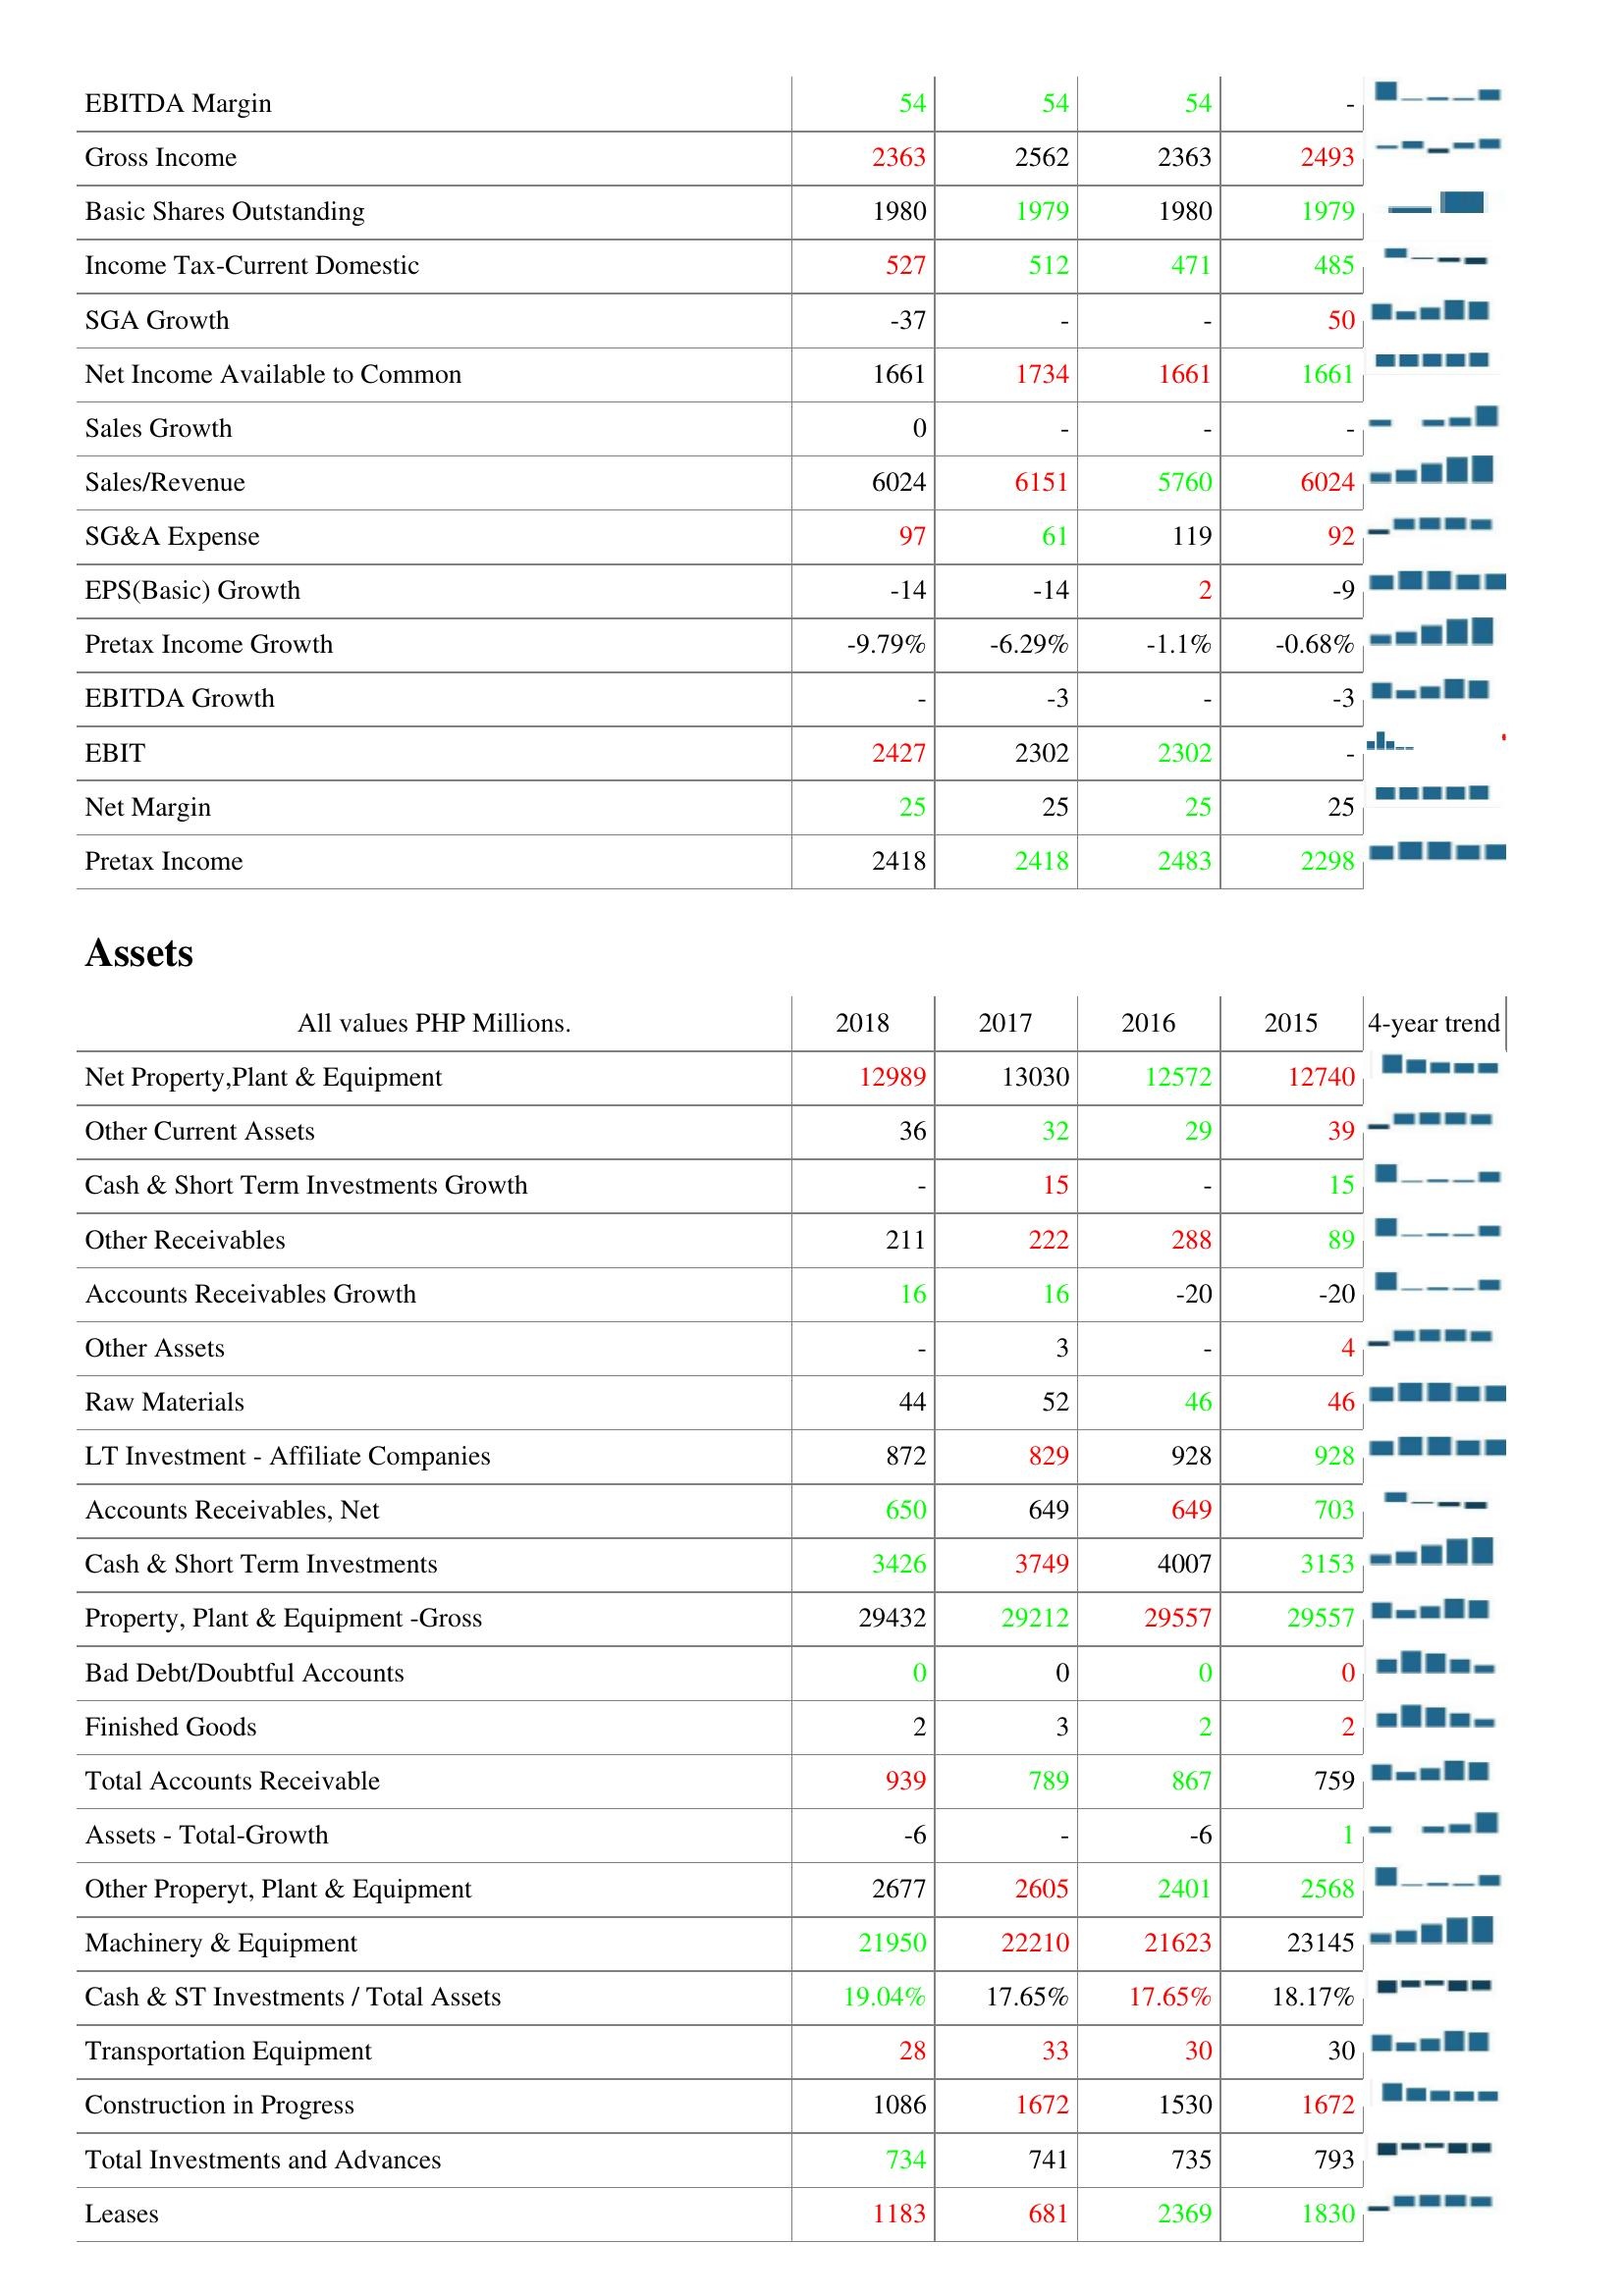
2018: : EBITDA Margin: 54
Gross Income: 2363
Basic Shares Outstanding: 1980
Income Tax-Current Domestic: 527
SGA Growth: -37
Net Income Available to Common: 1661
Sales Growth: 0
Sales/Revenue: 6024
SG&A Expense: 97
EPS(Basic) Growth: -14
Pretax Income Growth: -9.79%
EBITDA Growth: -
EBIT: 2427
Net Margin: 25
Pretax Income: 2418
Assets: Net Property,Plant & Equipment: 12989
Other Current Assets: 36
Cash & Short Term Investments Growth: -
Other Receivables: 211
Accounts Receivables Growth: 16
Other Assets: -
Raw Materials: 44
LT Investment - Affiliate Companies: 872
Accounts Receivables, Net: 650
Cash & Short Term Investments: 3426
Property, Plant & Equipment -Gross: 29432
Bad Debt/Doubtful Accounts: 0
Finished Goods: 2
Total Accounts Receivable: 939
Assets - Total-Growth: -6
Other Properyt, Plant & Equipment: 2677
Machinery & Equipment: 21950
Cash & ST Investments / Total Assets: 19.04%
Transportation Equipment: 28
Construction in Progress: 1086
Total Investments and Advances: 734
Leases: 1183
2017: : EBITDA Margin: 54
Gross Income: 2562
Basic Shares Outstanding: 1979
Income Tax-Current Domestic: 512
SGA Growth: -
Net Income Available to Common: 1734
Sales Growth: -
Sales/Revenue: 6151
SG&A Expense: 61
EPS(Basic) Growth: -14
Pretax Income Growth: -6.29%
EBITDA Growth: -3
EBIT: 2302
Net Margin: 25
Pretax Income: 2418
Assets: Net Property,Plant & Equipment: 13030
Other Current Assets: 32
Cash & Short Term Investments Growth: 15
Other Receivables: 222
Accounts Receivables Growth: 16
Other Assets: 3
Raw Materials: 52
LT Investment - Affiliate Companies: 829
Accounts Receivables, Net: 649
Cash & Short Term Investments: 3749
Property, Plant & Equipment -Gross: 29212
Bad Debt/Doubtful Accounts: 0
Finished Goods: 3
Total Accounts Receivable: 789
Assets - Total-Growth: -
Other Properyt, Plant & Equipment: 2605
Machinery & Equipment: 22210
Cash & ST Investments / Total Assets: 17.65%
Transportation Equipment: 33
Construction in Progress: 1672
Total Investments and Advances: 741
Leases: 681
2016: : EBITDA Margin: 54
Gross Income: 2363
Basic Shares Outstanding: 1980
Income Tax-Current Domestic: 471
SGA Growth: -
Net Income Available to Common: 1661
Sales Growth: -
Sales/Revenue: 5760
SG&A Expense: 119
EPS(Basic) Growth: 2
Pretax Income Growth: -1.1%
EBITDA Growth: -
EBIT: 2302
Net Margin: 25
Pretax Income: 2483
Assets: Net Property,Plant & Equipment: 12572
Other Current Assets: 29
Cash & Short Term Investments Growth: -
Other Receivables: 288
Accounts Receivables Growth: -20
Other Assets: -
Raw Materials: 46
LT Investment - Affiliate Companies: 928
Accounts Receivables, Net: 649
Cash & Short Term Investments: 4007
Property, Plant & Equipment -Gross: 29557
Bad Debt/Doubtful Accounts: 0
Finished Goods: 2
Total Accounts Receivable: 867
Assets - Total-Growth: -6
Other Properyt, Plant & Equipment: 2401
Machinery & Equipment: 21623
Cash & ST Investments / Total Assets: 17.65%
Transportation Equipment: 30
Construction in Progress: 1530
Total Investments and Advances: 735
Leases: 2369
2015: : EBITDA Margin: -
Gross Income: 2493
Basic Shares Outstanding: 1979
Income Tax-Current Domestic: 485
SGA Growth: 50
Net Income Available to Common: 1661
Sales Growth: -
Sales/Revenue: 6024
SG&A Expense: 92
EPS(Basic) Growth: -9
Pretax Income Growth: -0.68%
EBITDA Growth: -3
EBIT: -
Net Margin: 25
Pretax Income: 2298
Assets: Net Property,Plant & Equipment: 12740
Other Current Assets: 39
Cash & Short Term Investments Growth: 15
Other Receivables: 89
Accounts Receivables Growth: -20
Other Assets: 4
Raw Materials: 46
LT Investment - Affiliate Companies: 928
Accounts Receivables, Net: 703
Cash & Short Term Investments: 3153
Property, Plant & Equipment -Gross: 29557
Bad Debt/Doubtful Accounts: 0
Finished Goods: 2
Total Accounts Receivable: 759
Assets - Total-Growth: 1
Other Properyt, Plant & Equipment: 2568
Machinery & Equipment: 23145
Cash & ST Investments / Total Assets: 18.17%
Transportation Equipment: 30
Construction in Progress: 1672
Total Investments and Advances: 793
Leases: 1830